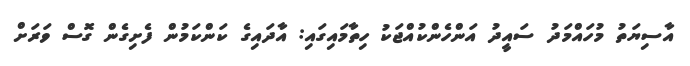
އާސިޔަތު މުހައްމަދު ސައީދު އަންހެންކުއްޖަކު ހިތާމައިގައި: އާދައިގެ ކަންކަމުން ފެށިގެން ގޮސް ވަރަށް